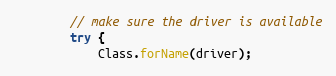
Language: Java
        // make sure the driver is available
        try {
            Class.forName(driver);